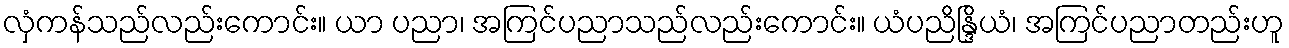
လှံကန်သည်လည်းကောင်း။ ယာ ပညာ၊ အကြင်ပညာသည်လည်းကောင်း။ ယံပညိန္ဒြိယံ၊ အကြင်ပညာတည်းဟူ